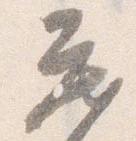
蔵